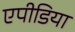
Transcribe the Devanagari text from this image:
एपीडिया